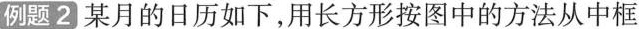
例题2某月的日历如下，用长方形按图中的方法从中框